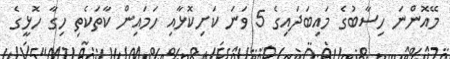
މޭއޮންނަ ހިސާބުގެ މައިބަދައިގެ 5 ވަނަ ކަށިކޮޅާއި ހަމައިން ކާތަކެތި ހިގާ ހޮޅީގެ